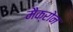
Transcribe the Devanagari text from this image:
मैक्रोन